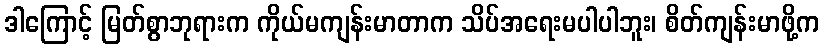
ဒါကြောင့် မြတ်စွာဘုရားက ကိုယ်မကျန်းမာတာက သိပ်အရေးမပါပါဘူး၊ စိတ်ကျန်းမာဖို့က